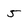
Character: 5